Source: Handwritten
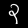
Digit: ၃ (3)